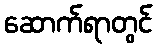
ဆောက်ရာတွင်